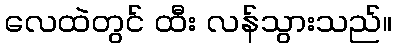
လေထဲတွင် ထီး လန်သွားသည်။